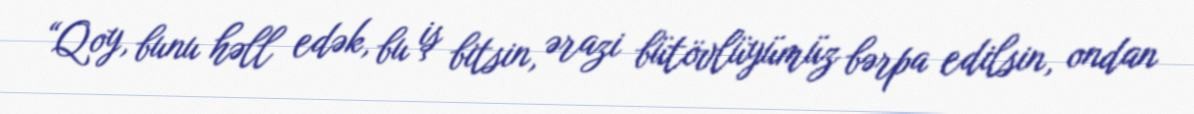
“Qoy, bunu həll edək, bu iş bitsin, ərazi bütövlüyümüz bərpa edilsin, ondan